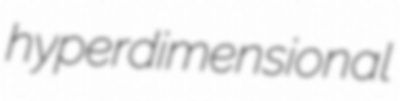
hyperdimensional